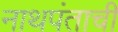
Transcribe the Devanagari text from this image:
नाथपंताची